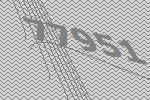
77951